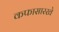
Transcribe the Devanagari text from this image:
कफासारखे